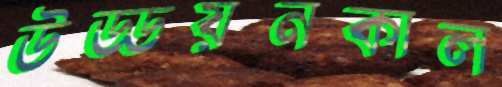
উড্ডয়নকাল